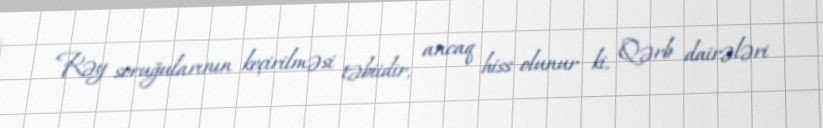
Rəy soruğularının keçirilməsi təbiidir, ancaq hiss olunur ki, Qərb dairələri